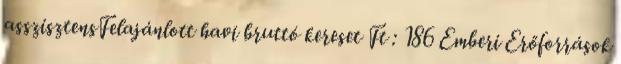
asszisztensFelajánlott havi bruttó kereset Ft : 186 Emberi Erőforrások